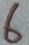
Text: 6